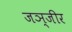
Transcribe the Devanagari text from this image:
जञ्जीर